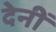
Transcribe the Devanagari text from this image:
देनीं